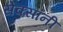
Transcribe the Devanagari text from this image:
सेक्सॉनी